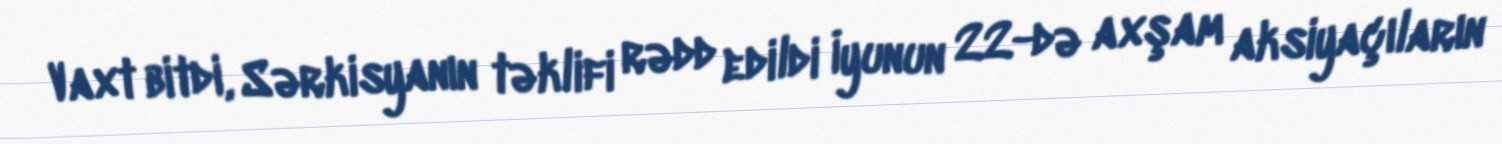
Vaxt bitdi, Sərkisyanın təklifi rədd edildi İyunun 22-də axşam aksiyaçıların